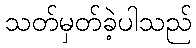
သတ်မှတ်ခဲ့ပါသည်